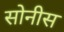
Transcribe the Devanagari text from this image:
सोनीस